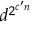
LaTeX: d ^ { 2 ^ { c ^ { \prime } n } }